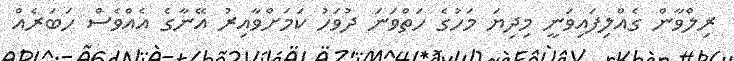
ރިލްވާން ގެއްލިފައިވަނީ މިދިޔަ މަހުގެ ހަތްވަނަ ދުވަހު ކަމަށްވާއިރު އޭނާގެ އެއްވެސް ހަބަރެއް